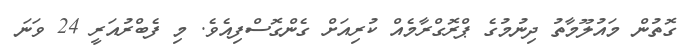
ގޮތުން މައުލޫމާތު ދިނުމުގެ ޕްރޮގްރާމެއް ކުރިއަށް ގެންގޮސްފިއެވެ. މި ފެބްރުއަރީ 24 ވަނަ